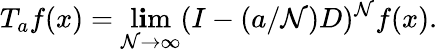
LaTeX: T_{a}f(x)=\operatorname*{l\mathbf{i}m}_{\mathcal{N}\to\infty}(I-(a/\mathcal{N})D)^{\mathcal{N}}f(x).